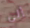
إلى